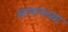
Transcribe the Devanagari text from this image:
लायनच्या